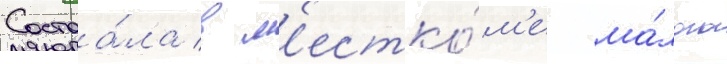
Состоа́ла в м'естко́м'е ма́лого